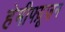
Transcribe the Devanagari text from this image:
हेमीफ्य़ूज़न